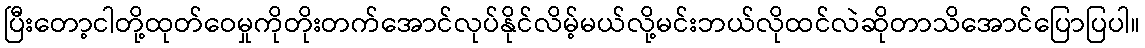
ပြီးတော့ငါတို့ထုတ်ဝေမှုကိုတိုးတက်အောင်လုပ်နိုင်လိမ့်မယ်လို့မင်းဘယ်လိုထင်လဲဆိုတာသိအောင်ပြောပြပါ။